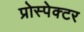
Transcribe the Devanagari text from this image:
प्रोस्पेक्टर